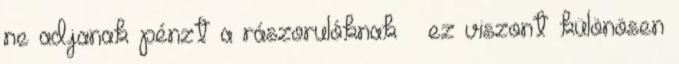
ne adjanak pénzt a rászorulóknak – ez viszont különösen